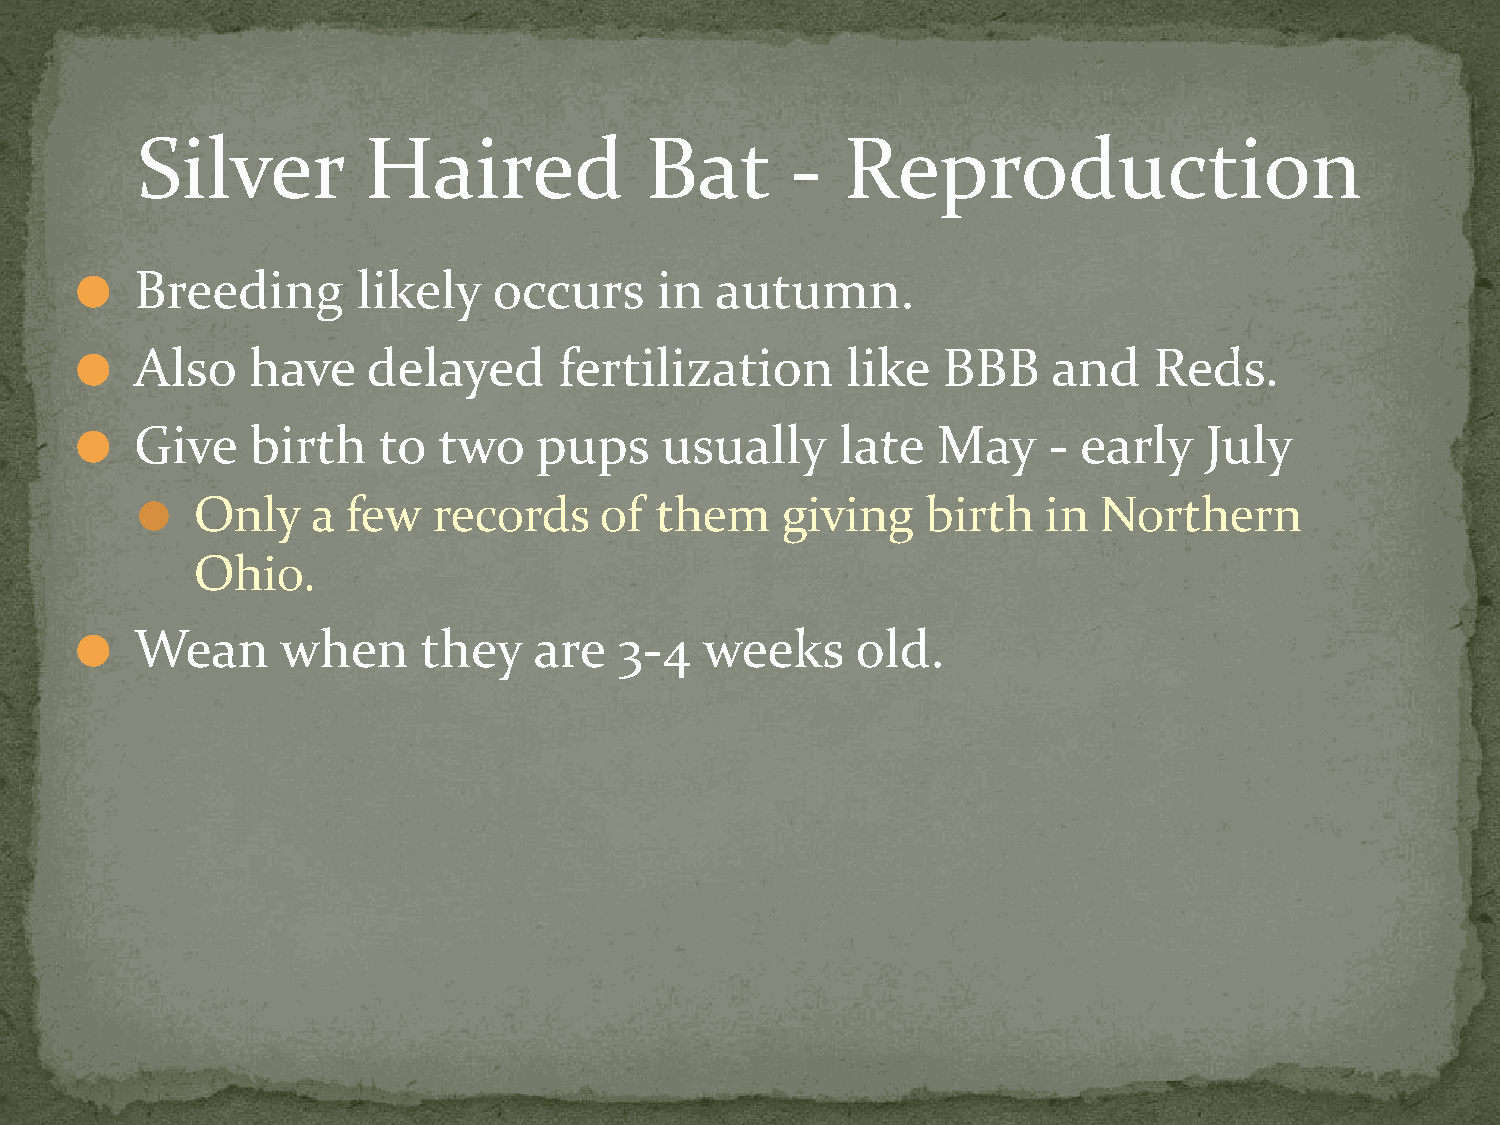
Silver         Haired             Bat      -   Reproduction
 Breeding       likely   occurs    in  autumn.
 ⚫
 Also   have    delayed      fertilization      like  BBB     and   Reds.
 ⚫
 Give    birth   to  two    pups    usually     late  May    -  early   July
 ⚫
 Only    a few   records    of  them    giving   birth   in  Northern
 ⚫
 Ohio.
 Wean      when     they   are   3-4   weeks     old.
 ⚫